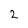
Character: 2